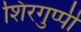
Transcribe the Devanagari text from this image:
शिरगुप्पी